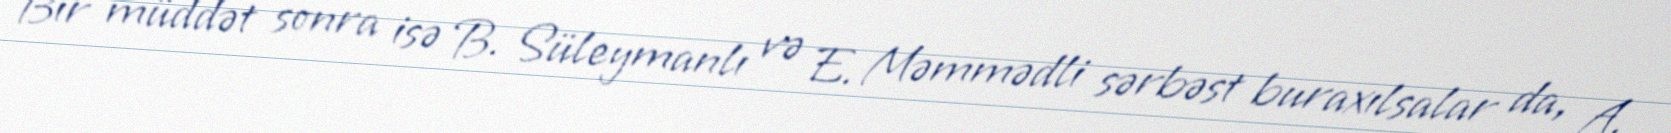
Bir müddət sonra isə B. Süleymanlı və E. Məmmədli sərbəst buraxılsalar da, A.